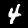
Digit: 4